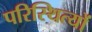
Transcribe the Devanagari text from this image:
परिस्थित्यों